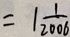
= 1 \frac { 1 } { 2 0 0 6 }